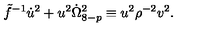
\tilde { f } ^ { - 1 } \dot { u } ^ { 2 } + u ^ { 2 } \dot { \Omega } _ { 8 - p } ^ { 2 } \equiv u ^ { 2 } { \rho } ^ { - 2 } v ^ { 2 } .